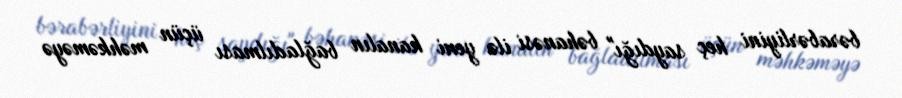
bərabərliyini heç saydığı" bəhanəsi ilə yeni kanalın bağladılması üçün məhkəməyə